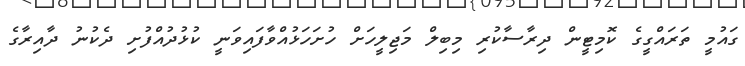
ގައުމީ ތަރައްގީގެ ކޮމިޓީން ދިރާސާކުރި މިބިލް މަޖިލީހަށް ހުށަހަޅުއްވާފައިވަނީ ކުޅުދުއްފުށި ދެކުނު ދާއިރާގެ